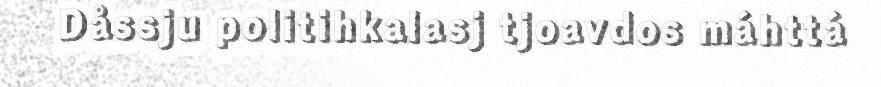
Dåssju politihkalasj tjoavdos máhttá